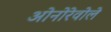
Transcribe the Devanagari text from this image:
ओनोरेवोले